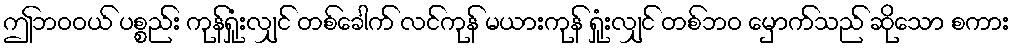
ဤဘဝဝယ် ပစ္စည်း ကုန်ရှုံးလျှင် တစ်ခေါက် လင်ကုန် မယားကုန် ရှုံးလျှင် တစ်ဘဝ မှောက်သည် ဆိုသော စကား